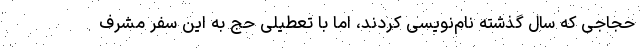
حجاجی که سال گذشته نام‌نویسی کردند، اما با تعطیلی حج به این سفر مشرف